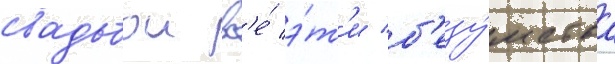
свадьбои вс'е́ э́т'и б'езу́мства